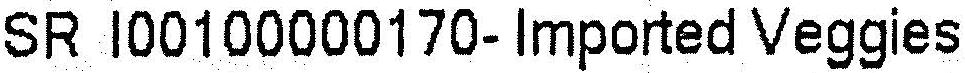
SR I00100000170-IMPORTED VEGGIES